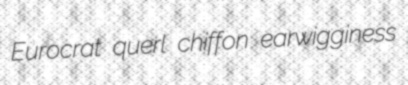
Eurocrat querl chiffon earwigginess